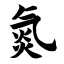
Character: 氮